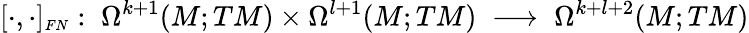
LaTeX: [\cdot,\cdot]_{\scriptscriptstyle FN}:\; \Omega^{k+1}(M;TM)\times\Omega^{l+1}(M;TM)\; \longrightarrow\; \Omega^{k+l+2}(M;TM)